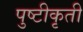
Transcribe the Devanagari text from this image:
पुष्टीकृती